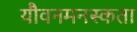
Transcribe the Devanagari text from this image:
यौवनमनस्कता